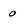
Character: 0